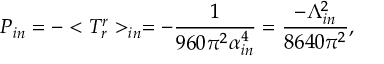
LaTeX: P _ { i n } = - < T _ { r } ^ { r } > _ { i n } = - \frac { 1 } { 9 6 0 \pi ^ { 2 } \alpha _ { i n } ^ { 4 } } = \frac { - \Lambda _ { i n } ^ { 2 } } { 8 6 4 0 \pi ^ { 2 } } ,